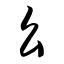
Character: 幺